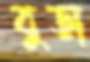
বুড়া